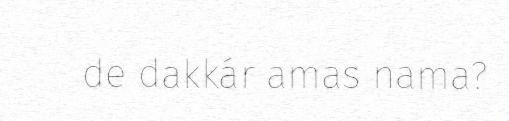
de dakkár amas nama?